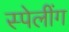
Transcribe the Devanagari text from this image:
स्पेलींग